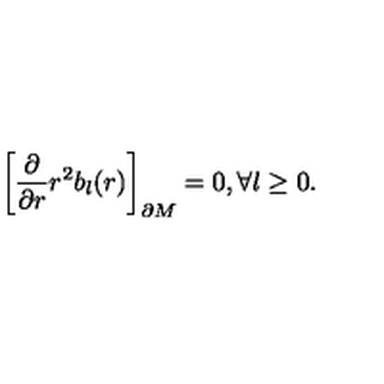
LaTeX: \left[ { \frac { \partial } { \partial r } } r ^ { 2 } b _ { l } ( r ) \right] _ { \partial M } = 0 , \forall l \geq 0 .